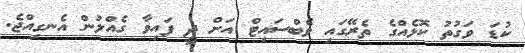
ކުޑަ ވަގުތު ކޮޅެއްގެ ތެރޭގައި ވެބްސައިޓް އަށް ދީ ފައިވާ ގެއްލުން އެނގިއްޖެ.